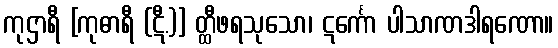
ကုဌာရီ [ကုဓာရီ (ဋီ.)] တ္ထီဖရသုသော၊ ဋင်္ကော ပါသာဏဒါရဏော။